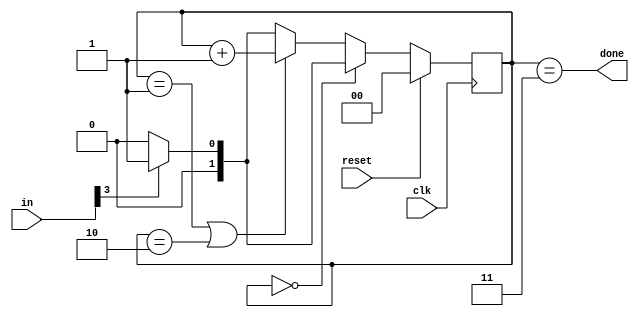
module top_module(
    input clk,
    input [7:0] in,
    input reset,    // Synchronous reset
    output done); //

    parameter ERROR = 2'b0, ONE = 2'b1, TWO = 2'b10, THREE = 2'b11;
    reg [1:0] cs, ns;
    wire bit3;
    assign bit3 = in[3];
    // State transition logic (combinational)
    always @(*) begin
      if (cs == ERROR)
        ns = bit3 ? ONE : ERROR;
      else if (cs == ONE || cs == TWO)
        ns = cs + 1;
      else
        ns = bit3 ? ONE : ERROR;
    end

    // State flip-flops (sequential)
    always @(posedge clk) begin
      if (reset)
        cs <= ERROR;
      else
        cs <= ns;
    end
 
    // Output logic
    assign done = cs == THREE;
endmodule